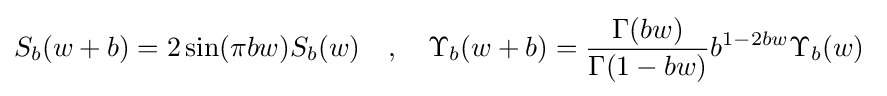
S_{b}(w+b)=2\sin(\pi bw)S_{b}(w)\quad ,\quad \Upsilon _{b}(w+b)={\frac {\Gamma (bw)}{\Gamma (1-bw)}}b^{1-2bw}\Upsilon _{b}(w)\